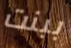
ببنت